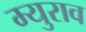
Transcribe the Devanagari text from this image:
म्युराव